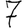
Digit: 7